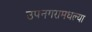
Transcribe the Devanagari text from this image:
उपनगरामधल्या